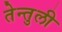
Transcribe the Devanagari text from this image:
तेन्तुली